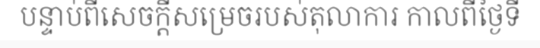
បន្ទាប់ពីសេចក្តីសម្រេចរបស់តុលាការ កាលពីថ្ងៃទី